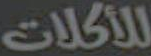
للأكلات